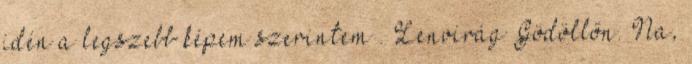
idén a legszebb képem szerintem . Lenvirág Gödöllőn. Na,